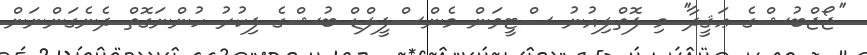
''ޖޯޖްބުޝްގެ ޢަޤީދާ'' މި ފޮތްލިއުނު ސްޓީވަން މެންސްފީލްޑް ބުޝްގެ ފިކުރު ހުންނަގޮތް ދެނެގަންނަން